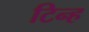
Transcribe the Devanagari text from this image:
टिन्ह